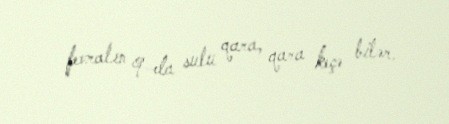
fevralın 9-da sulu qara, qara keçə bilər.